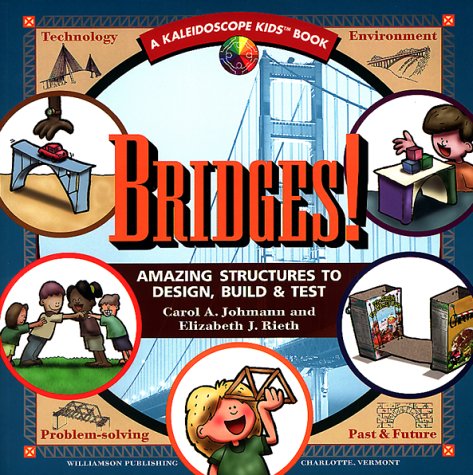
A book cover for Bridges: Amazing Structures to Design, Build & Test (Kaleidoscope Kids); Carol A. Johmann; Children's Books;